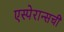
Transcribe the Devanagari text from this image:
एस्पेरान्सची